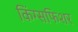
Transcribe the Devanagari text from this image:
किंग्सफिशर